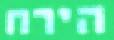
הירח